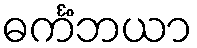
ဓင်္ကံဘယာ